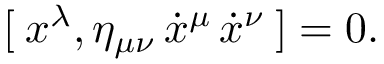
[ \: x ^ { \lambda } , \eta _ { \mu \nu } \, \dot { x } ^ { \mu } \, \dot { x } ^ { \nu } \: ] = 0 .